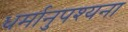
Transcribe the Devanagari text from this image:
धर्मानुपश्यना